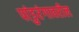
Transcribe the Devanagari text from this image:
पांडुरंगावरील